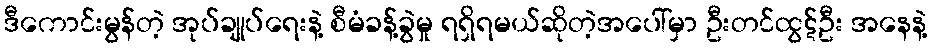
ဒီကောင်းမွန်တဲ့ အုပ်ချုပ်ရေးနဲ့ စီမံခန့်ခွဲမှု ရရှိရမယ်ဆိုတဲ့အပေါ်မှာ ဦးတင်ထွဋ်ဦး အနေနဲ့